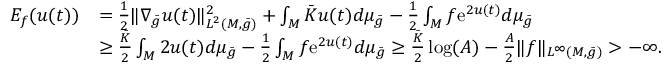
\begin{array} { r l } { E _ { f } ( u ( t ) ) } & { = \frac 1 2 \| \nabla _ { \bar { g } } u ( t ) \| _ { L ^ { 2 } ( M , \bar { g } ) } ^ { 2 } + \int _ { M } \bar { K } u ( t ) d \mu _ { \bar { g } } - \frac 1 2 \int _ { M } f \mathrm { e } ^ { 2 u ( t ) } d \mu _ { \bar { g } } } \\ & { \ge \frac { \bar { K } } { 2 } \int _ { M } 2 u ( t ) d \mu _ { \bar { g } } - \frac 1 2 \int _ { M } f \mathrm { e } ^ { 2 u ( t ) } d \mu _ { \bar { g } } \ge \frac { \bar { K } } { 2 } \log ( A ) - \frac { A } { 2 } \| f \| _ { L ^ { \infty } ( M , \bar { g } ) } > - \infty . } \end{array}